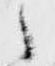
之